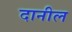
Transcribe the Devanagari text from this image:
दानील